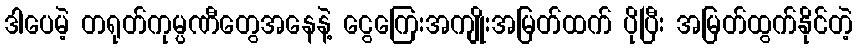
ဒါပေမဲ့ တရုတ်ကုမ္ပဏီတွေအနေနဲ့ ငွေကြေးအကျိုးအမြတ်ထက် ပိုပြီး အမြတ်ထွက်နိုင်တဲ့